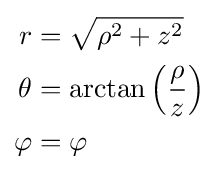
{\begin{aligned}r&={\sqrt {\rho ^{2}+z^{2}}}\\\theta &=\arctan {\left({\frac {\rho }{z}}\right)}\\\varphi &=\varphi \end{aligned}}